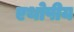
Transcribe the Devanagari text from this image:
एथोपीय